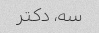
سه، دکتر